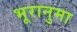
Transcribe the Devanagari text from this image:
भूरानुमा